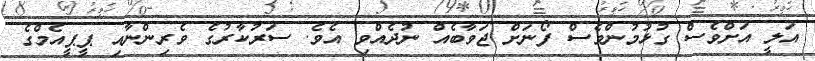
އަލީ އަށްވެސް ގުޅުމުންވެސް ފޯނަށް ޖަވާބެއް ނުދެއްވި އެވެ. ސަރުކާރުގެ ވެރިންނާއި ޕީޕީއެމްގެ